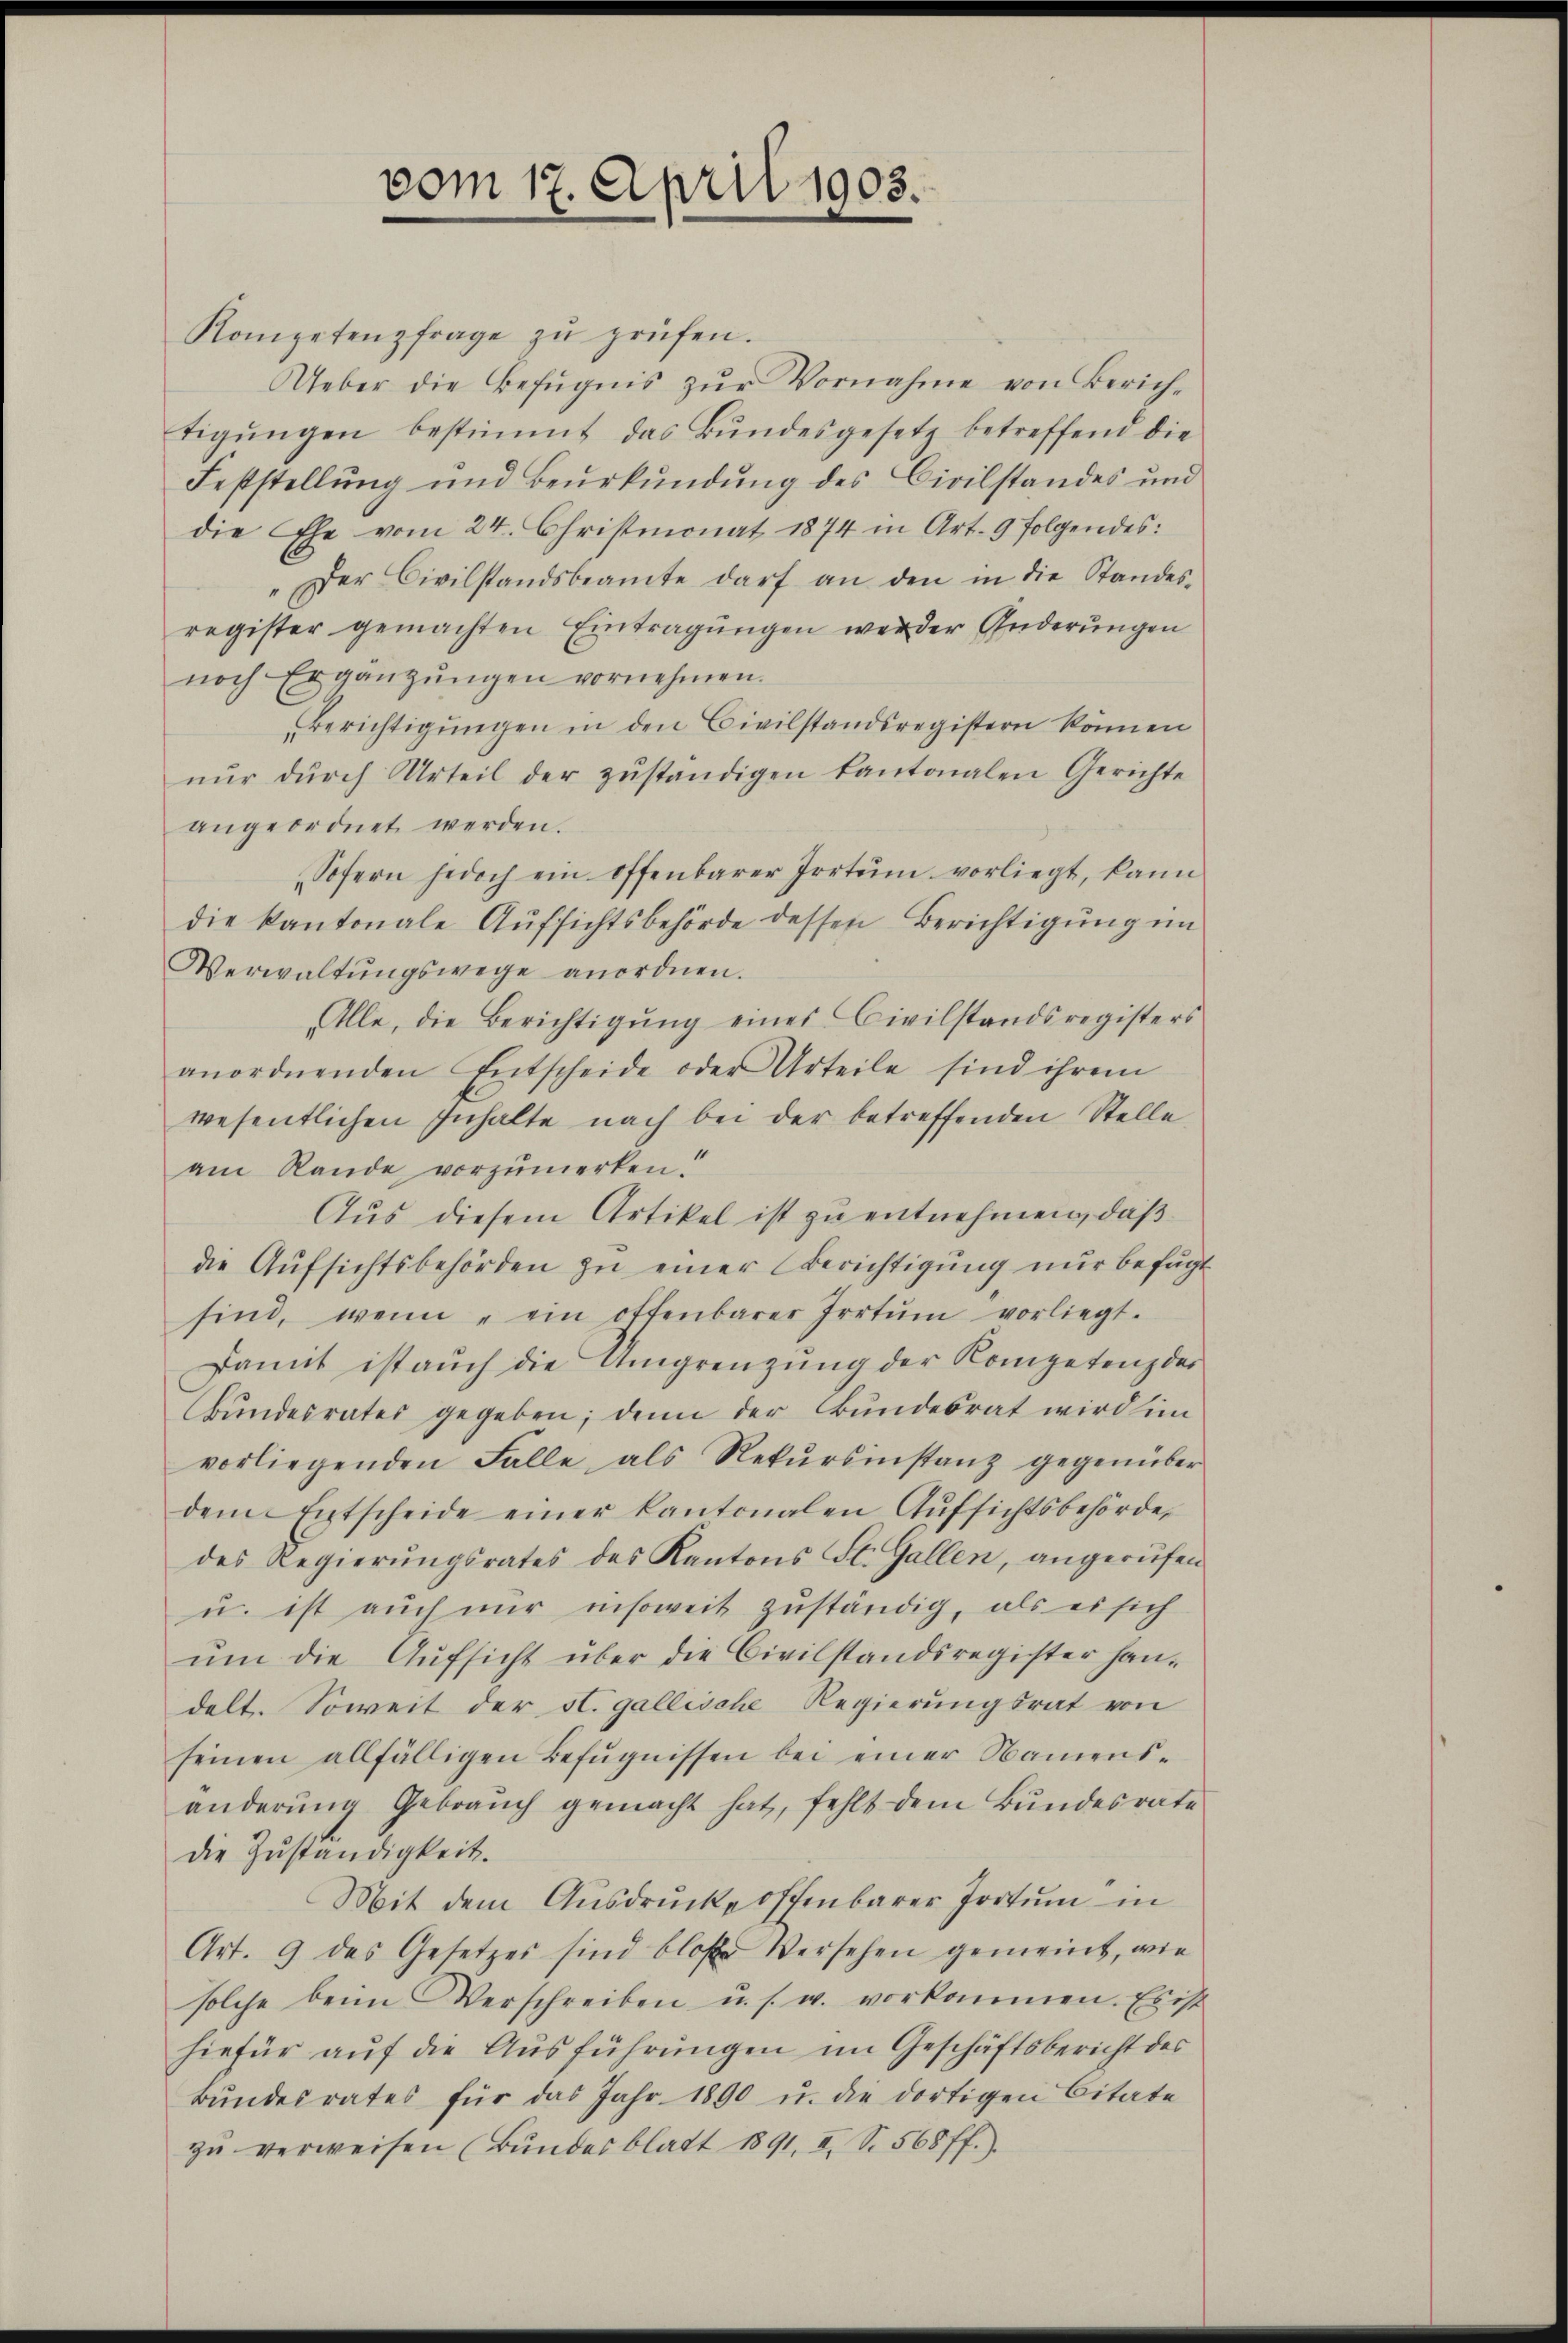
vom 17. April 1903.

Kompetenzfrage zu prüfen.
Ueber die Befugnis zŭr Vornahme von Zürich-
tigŭngen bestimmt das Bŭndesgesetz betreffend die
Feststellung und Beurkundung des Civilstandes und
die Ehe vom 24. Christmonat 1874 in Art. 9 folgendes:
Der Civilstandsbeamte darf an den in die Standes-
register gemachten Eintragungen werder Änderungen
noch Ergänzŭngen vornehmen.
Berichtigungen in den Civilstandsregistern können
nŭr dŭrch Urteil der zŭständigen kantonalen Gerichte
angeordnet werden.
Sofern jedoch ein offenbarer Irrtum vorliegt, kann
die kantonale Aufsichtsbehörde dessen Berichtigung im
Verwaltŭngswege anordnen.
Alle, die Berichtigŭng eines Civilstandsregisters
anordnenden Entscheide oder Urteile sind ihrem
wesentlichen Inhalte nach bei der betreffenden Stelle
am Rande vorzumerken.
Aus diesem Artikel ist zu entnehmen, daß
die Aufsichtsbehörden zu einer Berichtigung nur befugt
sind, wenn ein offenbarer Irrtŭm vorliegt.
Damit ist aŭch die Umgrenzŭng der Kompetenz der
Bŭndesrates gegeben; denn der Bŭndesrat wird im
vorliegenden Falle als Rekŭrsinstanz gegenüber
dem Entscheide einer kantonalen Aŭfsichtsbehörde,
des Regierŭngsrates des Kantons St. Gallen, angerufen
u. ist auch nur insoweit zuständig, als es sich
ŭm die Aŭfsicht über die Civilstandsregister han-
delt. Soweit der st. gallische Regierŭngsrat von
seinen allfälligen Befugnissen bei einer Namens-
änderŭng Gebraŭch gemacht hat, fehlt dem Bŭndesrate
die Zuständigkeit.
Mit dem Aŭsdrŭcke offenbarer Jortŭm in
Art. 9 des Gesetzes sind bloße Versehen gemeint, wie
solche beim Verschreiben u. s. w. vorkommen. Es ist
hiefür auf die Ausführungen im Geschäftsbericht des
Bŭndesrates für das Jahr 1890 u. die dortigen Citate
zŭ verweisen (Bŭndesblatt 1891, II S. 568 ff.).